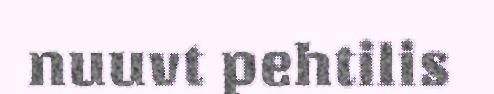
nuuvt pehtilis